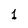
Character: 1